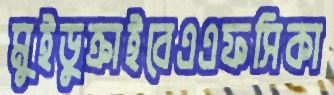
মুইডুক্‌রাইবেএএফসিকা